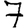
Digit: 7